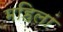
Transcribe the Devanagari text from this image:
महिलां